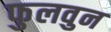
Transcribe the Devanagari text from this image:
फुलवुन